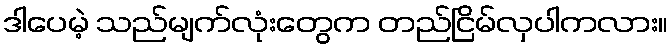
ဒါပေမဲ့ သည်မျက်လုံးတွေက တည်ငြိမ်လှပါကလား။